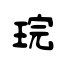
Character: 琓